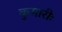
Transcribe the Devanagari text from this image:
कुमारीः